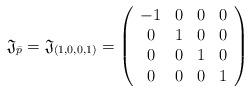
LaTeX: \begin{align*}\mathfrak{J}_{\bar{p}} = \mathfrak{J}_{(1,0,0,1)} =\left( \begin{array}{cccc} -1 & 0 & 0 & 0 \\ 0 & 1 & 0 & 0 \\ 0 & 0 & 1 & 0 \\ 0 & 0 & 0 & 1 \end{array}\right)\end{align*}